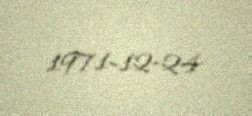
1971-12-24